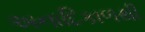
અનાદિકાળથી